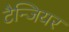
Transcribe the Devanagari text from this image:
टैन्जियर